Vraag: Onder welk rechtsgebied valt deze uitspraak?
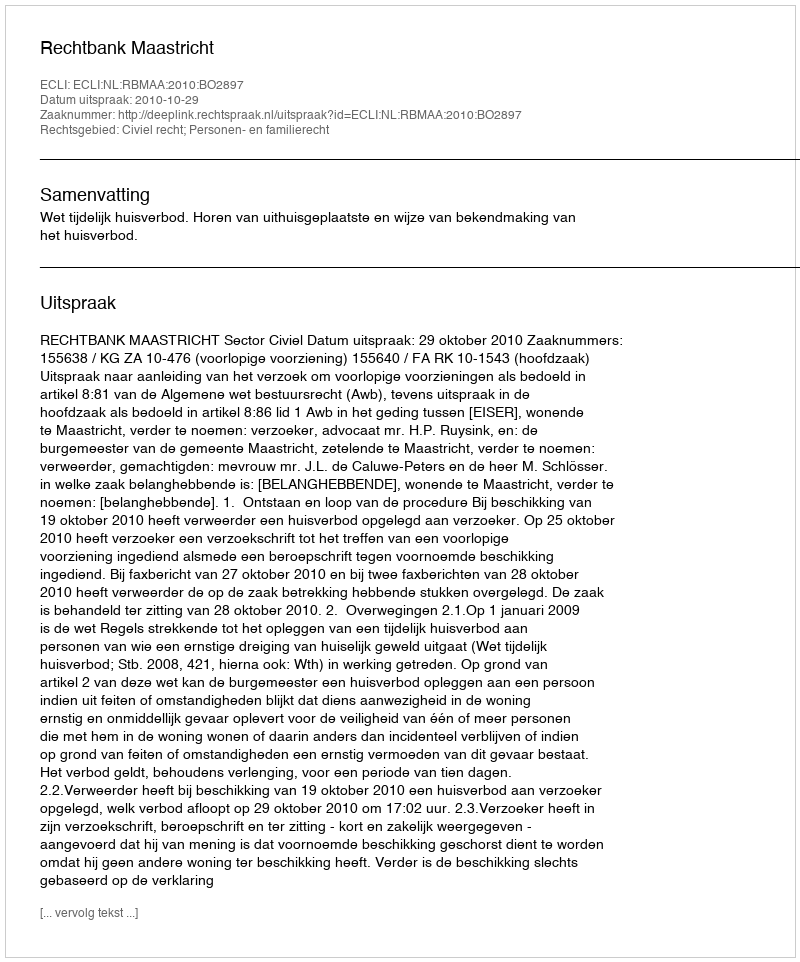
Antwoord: Civiel recht; Personen- en familierecht